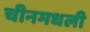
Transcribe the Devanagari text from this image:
चीनमधली